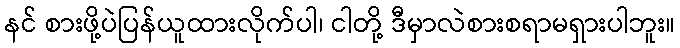
နင် စားဖို့ပဲပြန်ယူထားလိုက်ပါ၊ ငါတို့ ဒီမှာလဲစားစရာမရှားပါဘူး။